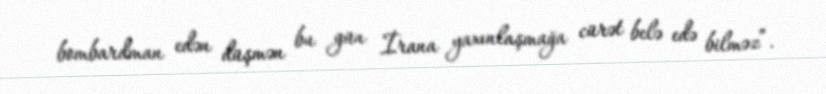
bombardman edən düşmən bu gün İrana yaxınlaşmağa cürət belə edə bilməz”.